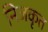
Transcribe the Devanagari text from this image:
निजकृत